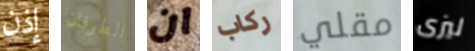
إذن الطوفان ان ركاب مقلي ليزى